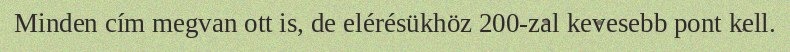
Minden cím megvan ott is, de elérésükhöz 200-zal kevesebb pont kell.